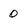
Character: 0